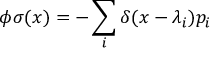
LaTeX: \phi \sigma ( x ) = - \sum _ { i } \delta ( x - \lambda _ { i } ) p _ { i }